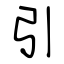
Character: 引